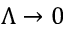
\Lambda \rightarrow 0